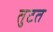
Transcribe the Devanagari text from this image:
तुटत